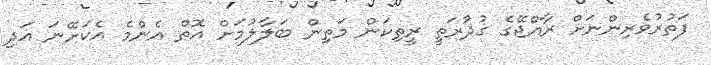
ފަތުރުވެރިންނަށް ރާއްޖޭގެ ގުދުރަތީ ރީތިކަން މަތިން ބަލާލުމަށް އޮތް އެންމެ އެކަށޭނަ އަދި